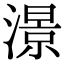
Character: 澋